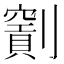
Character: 𠠖